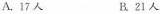
A.17人 B21人